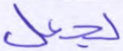
لجعل